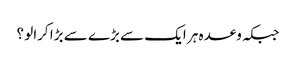
جبکہ وعدہ ہر ایک سے بڑے سے بڑا کرالو ؟